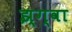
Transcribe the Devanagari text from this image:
झ्ग्वा